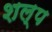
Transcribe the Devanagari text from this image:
शल्प